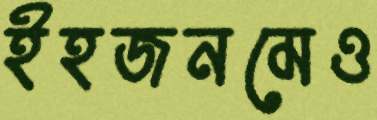
ইহজনমেও